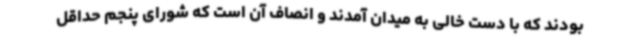
بودند که با دست خالی به میدان آمدند و انصاف آن است که شورای پنجم حداقل